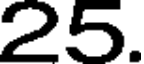
25.